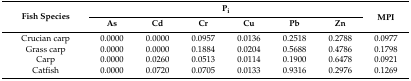
<table><thead><tr><td rowspan="2"><b>Fish Species</b></td><td colspan="6"><b>P<sub>i</sub></b></td><td rowspan="2"><b>MPI</b></td></tr><tr><td><b>As</b></td><td><b>Cd</b></td><td><b>Cr</b></td><td><b>Cu</b></td><td><b>Pb</b></td><td><b>Zn</b></td></tr></thead><tbody><tr><td>Crucian carp</td><td>0.0000</td><td>0.0000</td><td>0.0957</td><td>0.0136</td><td>0.2518</td><td>0.2788</td><td>0.0977</td></tr><tr><td>Grass carp</td><td>0.0000</td><td>0.0000</td><td>0.1884</td><td>0.0204</td><td>0.5688</td><td>0.4786</td><td>0.1798</td></tr><tr><td>Carp</td><td>0.0000</td><td>0.0260</td><td>0.0513</td><td>0.0114</td><td>0.1900</td><td>0.6478</td><td>0.0921</td></tr><tr><td>Catfish</td><td>0.0000</td><td>0.0720</td><td>0.0705</td><td>0.0133</td><td>0.9316</td><td>0.2976</td><td>0.1269</td></tr></tbody></table>